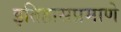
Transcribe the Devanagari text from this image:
इतिहासप्रमाणे